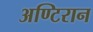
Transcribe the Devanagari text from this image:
अण्टिरान